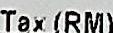
TAX(RM)